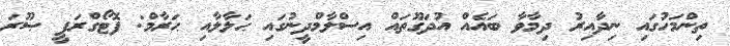
ތިންމަހުގައި ނިދާއިރު ދިމާވާ ބައެއް އުދަގޫތައް އިސްލާމްދީނުގައި ޙަލާލާއި ޙަރާމް: ފޮޓޯގްރަފީ ޞޫރަ